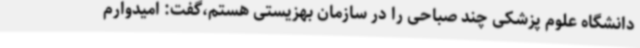
دانشگاه علوم پزشکی چند صباحی را در سازمان بهزیستی هستم،گفت: امیدوارم